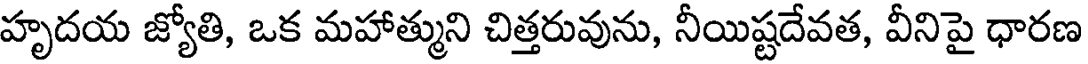
హృదయ జ్యోతి, ఒక మహాత్ముని చిత్తరువును, నీయిష్టదేవత, వీనిపై ధారణ